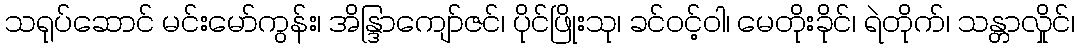
သရုပ်ဆောင် မင်းမော်ကွန်း၊ အိန္ဒြာကျော်ဇင်၊ ပိုင်ဖြိုးသု၊ ခင်ဝင့်ဝါ၊ မေတိုးခိုင်၊ ရဲတိုက်၊ သန္တာလှိုင်၊